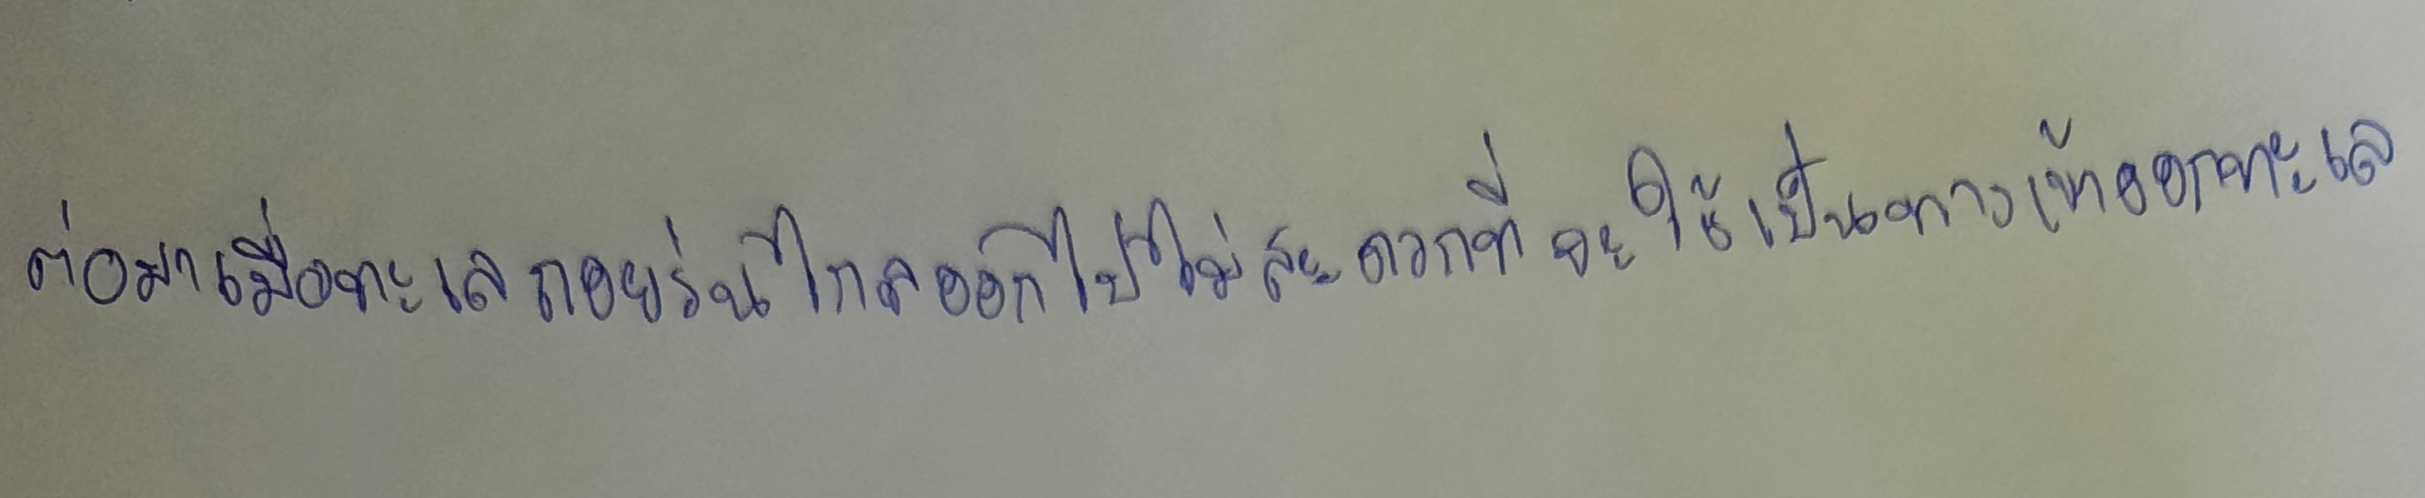
ต่อมาเมื่อทะเลถอยร่นไกลออกไปไม่สะดวกที่จะใช้เป็นทางเข้าออกทะเล